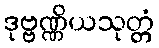
ဒုဗ္ဗဏ္ဏိယသုတ္တံ